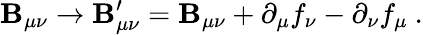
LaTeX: \mathbf{B}_{\mu\nu}\rightarrow\mathbf{B}_{\mu\nu}^{\prime}=\mathbf{B}_{\mu\nu}+\partial_{\mu}f_{\nu}-\partial_{\nu}f_{\mu}~.